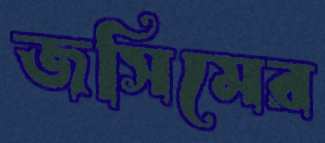
জসিমের